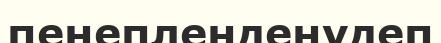
пенепленденудеп